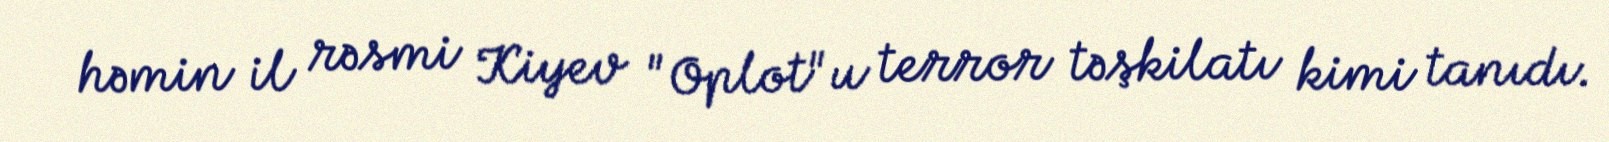
həmin il rəsmi Kiyev "Oplot"u terror təşkilatı kimi tanıdı.